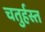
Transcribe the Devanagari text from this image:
चतुर्हस्त